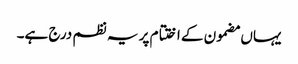
یہاں مضمون کے اختتام پر یہ نظم درج ہے۔